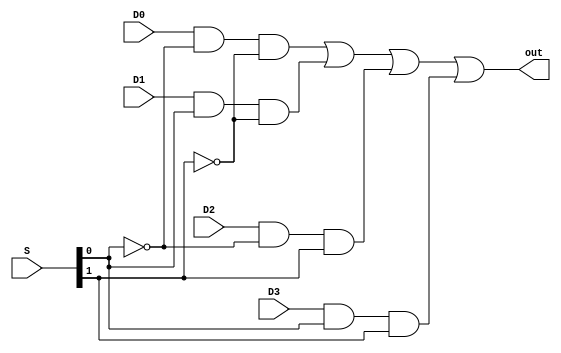
module MUX4_1(out, D0, D1, D2, D3, S);

	output out;
	input D0,D1,D2,D3;
	input [1:0] S;

	wire nS0, nS1, a0, a1, a2, a3;
	
	not n0(nS0, S[0]);
	not n1(nS1, S[1]);
	
	and an0(a0, D0, nS0, nS1);
	and an1(a1, D1, S[0], nS1);
	and an2(a2, D2, nS0, S[1]);
	and an3(a3, D3, S[0], S[1]);
	
	or o(out, a0, a1, a2, a3);
endmodule